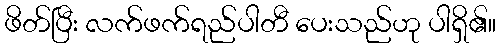
ဖိတ်ပြီး လက်ဖက်ရည်ပါတီ ပေးသည်ဟု ပါရှိ၏။